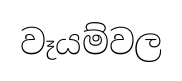
වෑයම්වල